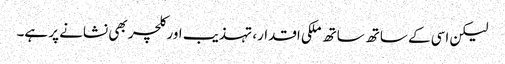
لیکن اسی کے ساتھ ساتھ ملکی اقدار، تہذیب اور کلچر بھی نشانے پر ہے۔